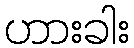
ဟားခါး